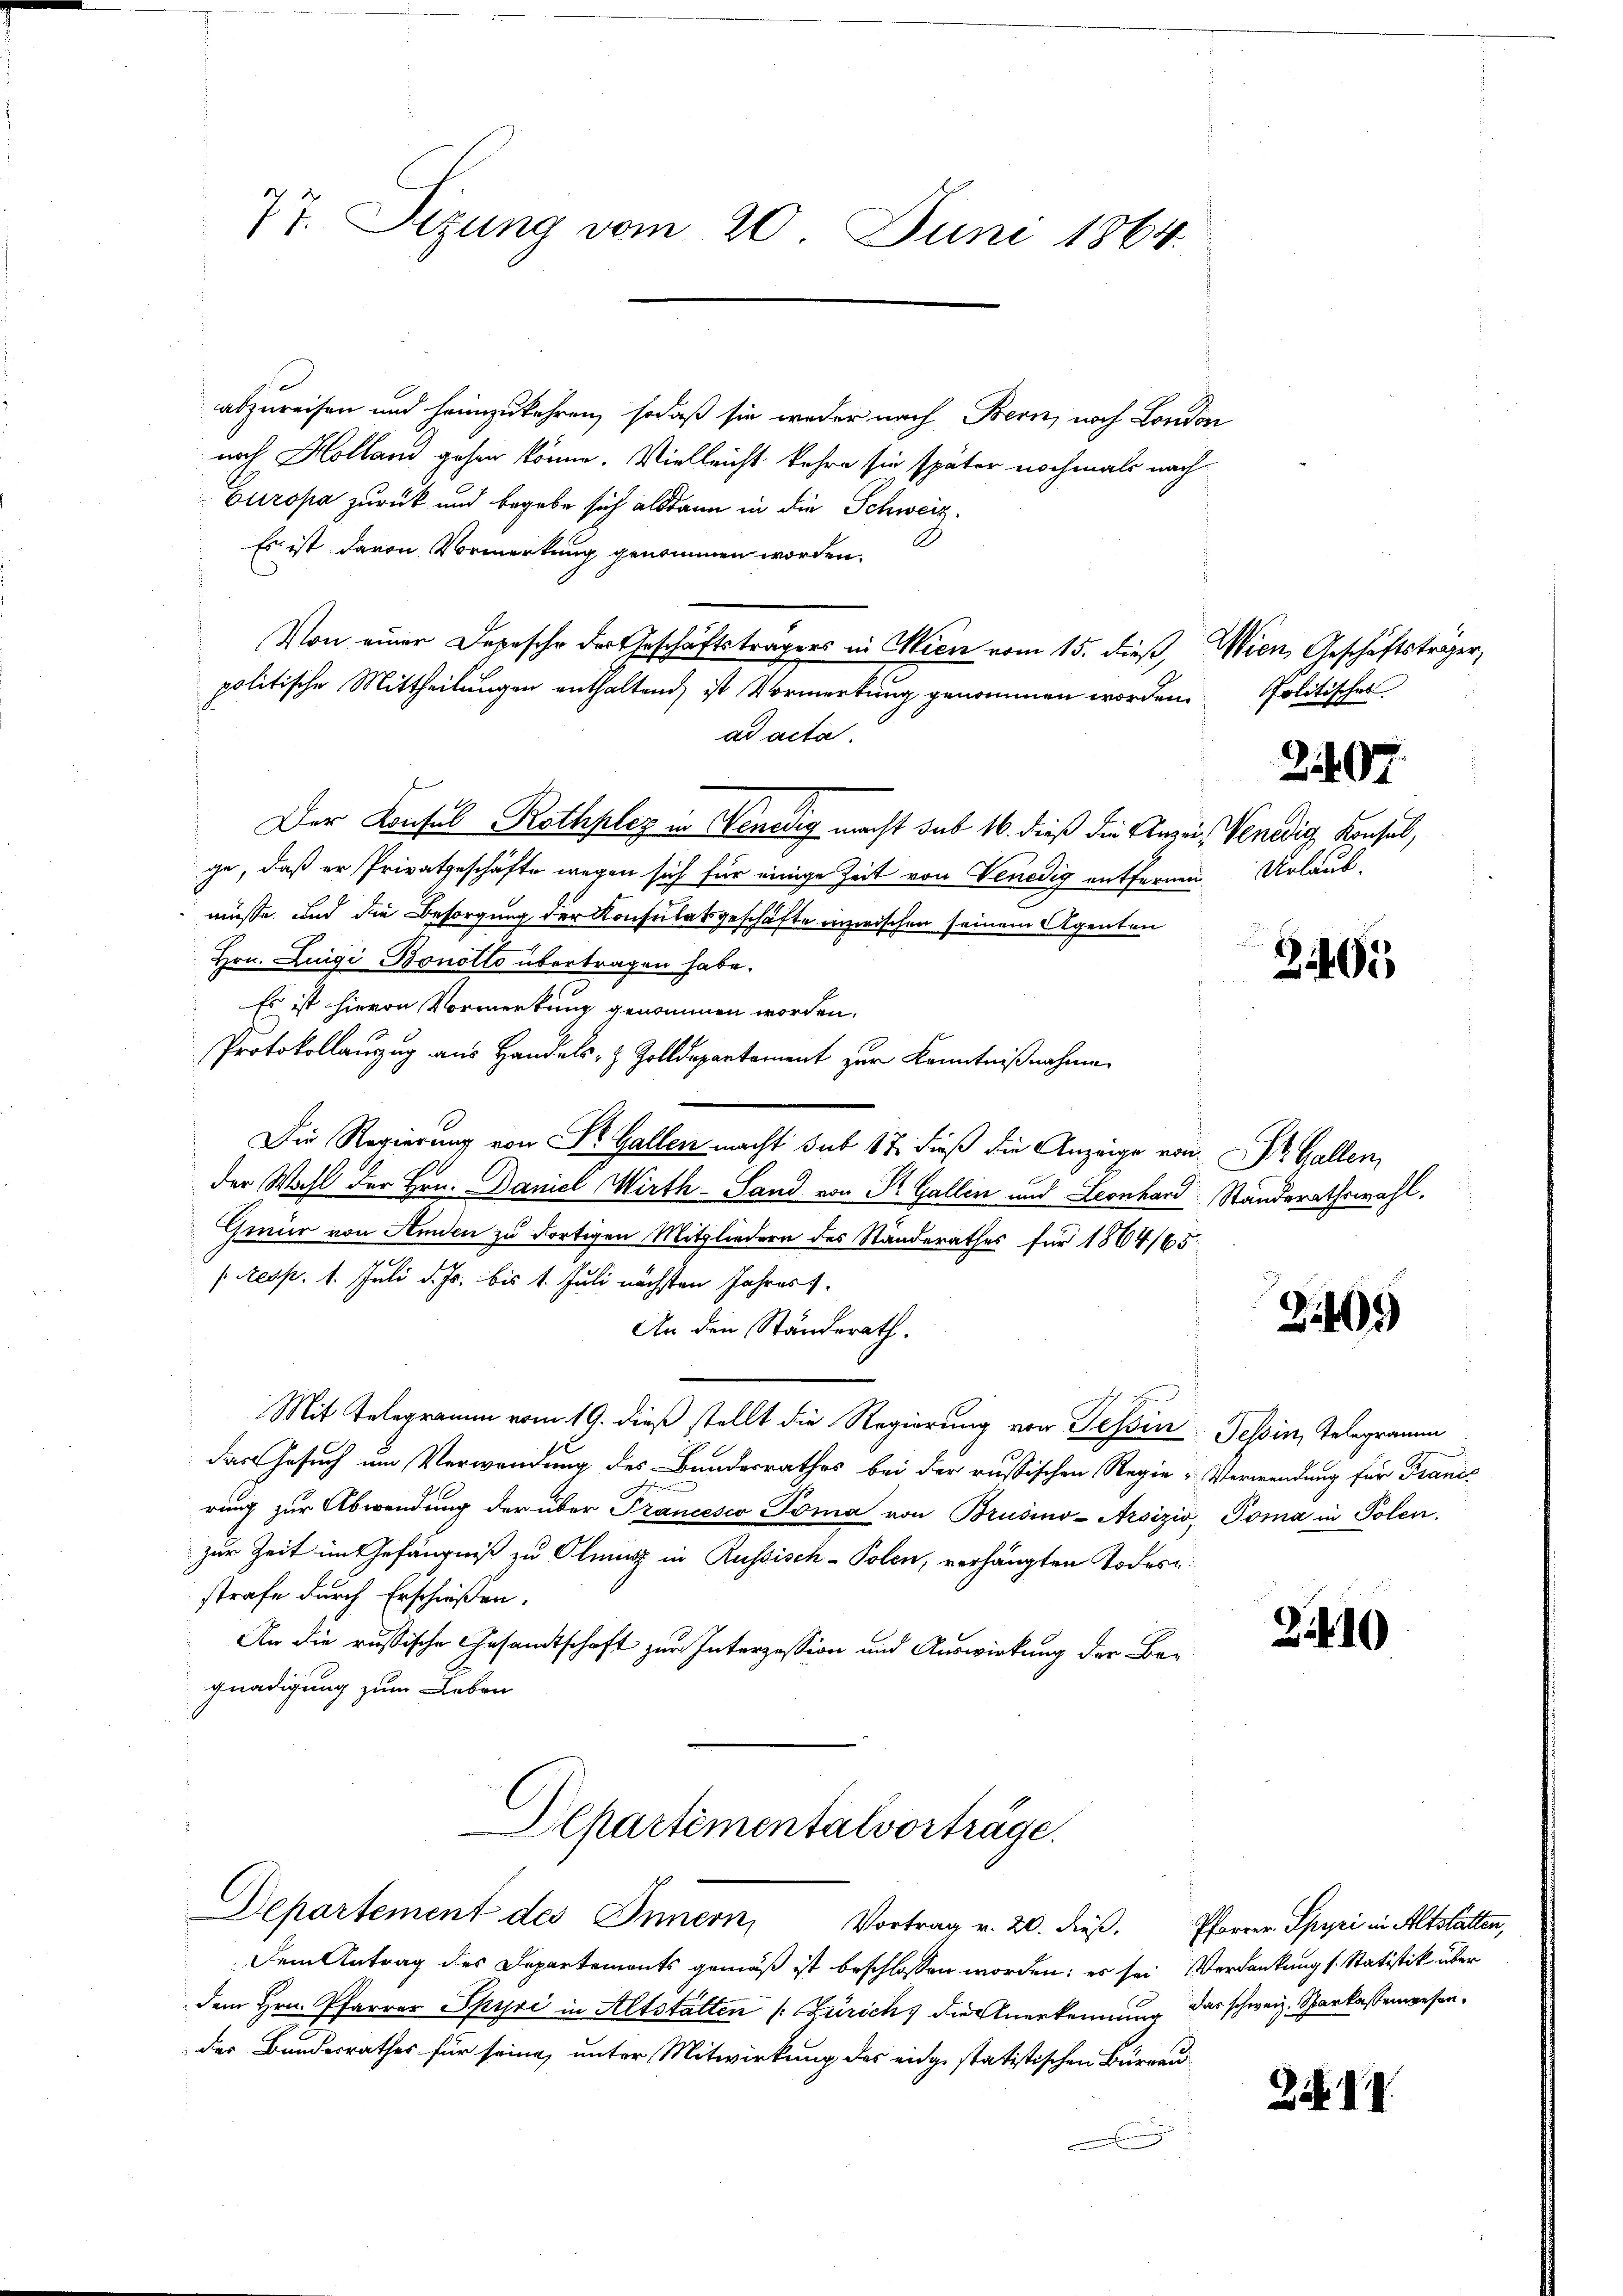
77. Sizung vom 20. Juni 1864.

abzureisen und heimzukehren, sodaß sie weder nach Bern, noch London
nach Holland gehen könne. Vielleicht kehre sie später nochmals nach
Europa zurück und begebe sich alsdann in die Schweiz.
Es ist davon Vormerkung genommen worden.
Von einer Depesche der Geschäftsträgers in Wien vom 15. dieß, Wien, Geschäftsträger,
politische Mittheilungen enthaltend, ist Vormerkung genommen worden.
ad acta.
Der Konfel Rothplez in Venedig macht das 16. dieß die Anzug, Venedig, Konsul,
ge, daß er Privatgeschäfte wegen sich für einige Zeit von Venedig entfernen Urlaub,
müsse und die Besorgung der Konsulatsgeschäfte inzwischen seinem Agenten
Hrn. Luigi Bonotto übertragen habe.
Es ist hievon Vormerkung genommen worden.
Protokollauszug aus Handels- & Zolldepartement zur Kenntnißnahme
Die Regierung von Dr. Gallen macht sub 17. dieß die Anzeige von Dr. Gallen,
der Wahl der Hrn. Daniel Wirth- Sand von Pr. Gallin und Leonhard Standerathswahl.
Gmür von Amden zu dortigen Mitgliedern des Standerathes für 1864/65
/Resp. 1. Juli d. Js. bis 1. Juli nächsten Jahres s
An den Ständerath.
Mit Telegramm vom 19. dieß stellt die Regierung von Tessin, Tessin, Telegramm
das Gesuch um Verwendung des Bundesrathes bei der russischen Regie-Verwendung für France
rung zur Abwendung der über Trancesco Toma von Brusino-Arsizić, Toma in Polen.
zur Zeit im Gefängniß zu Olmütz in Russisch-Polen, verhängten Todese
strafe durch Erschießen.
An die russische Gesandtschaft zur Interzession und Auswirkung der Be-
gnadigung zum Leben
Departementalvorträge.
Departement des Innern, Vortrag v. 20. dieβ. Pfarrer Spyri in Altstatten,
Dem Antrag des Departements gemäß ist beschlossen worden; es sei Verdankung s. Statistik über
dem Hrn. Pfarrer Spyri in Altstatten (Zürich, die Anerkennung das schweiz. Sparkassenwesender Bundesrathes für seine unter Mitwirkung des eidge statistischen Burgau-

Politischer

207

401

Z 409

3.10

Zif. IV